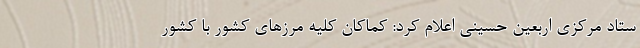
ستاد مرکزی اربعین حسینی اعلام کرد: کماکان کلیه مرزهای کشور با کشور